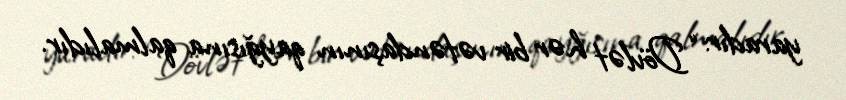
yaradır: “Dövlət hər bir vətəndaşının qayğısına qalmalıdır.